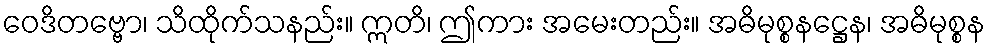
ဝေဒိတဗ္ဗော၊ သိထိုက်သနည်း။ ဣတိ၊ ဤကား အမေးတည်း။ အဓိမုစ္စနဋ္ဌေန၊ အဓိမုစ္စန